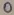
Text: 0